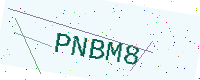
Text: PNBM8